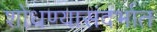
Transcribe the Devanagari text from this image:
शोधण्यासंदर्भात